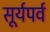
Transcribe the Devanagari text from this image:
सूर्यपर्व